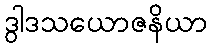
ဒွါဒသယောဇနိယာ